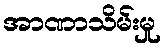
အာဏာသိမ်းမှု